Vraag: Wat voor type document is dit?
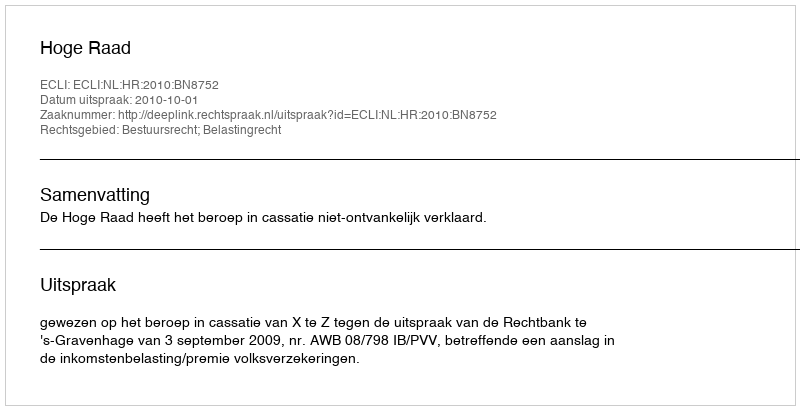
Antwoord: Uitspraak